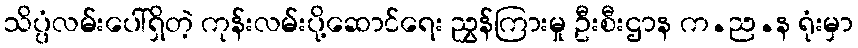
သိပ္ပံလမ်းပေါ်ရှိတဲ့ ကုန်းလမ်းပို့ဆောင်ရေး ညွှန်ကြားမှု ဦးစီးဌာန က.ည.န ရုံးမှာ